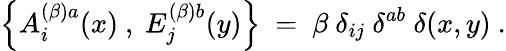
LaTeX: \left\{ A_{i}^{(\beta)a}(x)~,~E_{j}^{(\beta)b}(y)\right\} ~=~\beta~\delta_{ij}~\delta^{ab}~\delta(x,y)~.